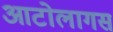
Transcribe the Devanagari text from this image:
आटोलागस